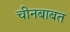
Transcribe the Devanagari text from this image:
चीनबाबत